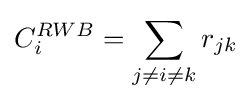
C_{i}^{RWB}=\sum _{j\neq i\neq k}r_{jk}